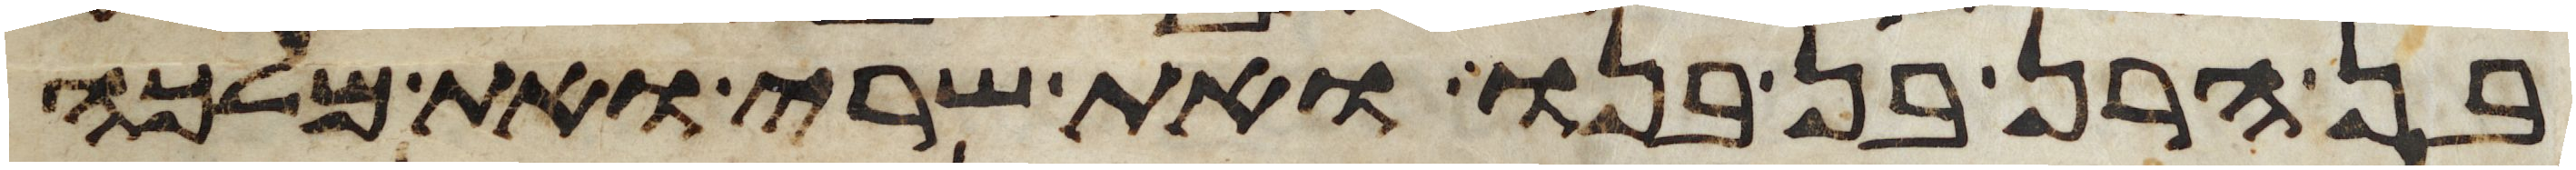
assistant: בן הרן בן בנו ואת שרי ואת מלכה